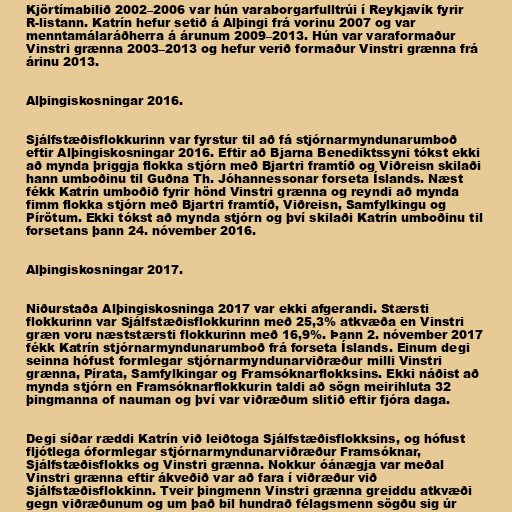
Kjörtímabilið 2002–2006 var hún varaborgarfulltrúi í Reykjavík fyrir
R-listann. Katrín hefur setið á Alþingi frá vorinu 2007 og var
menntamálaráðherra á árunum 2009–2013. Hún var varaformaður
Vinstri grænna 2003–2013 og hefur verið formaður Vinstri grænna frá
árinu 2013.

Alþingiskosningar 2016.

Sjálfstæðisflokkurinn var fyrstur til að fá stjórnarmyndunarumboð
eftir Alþingiskosningar 2016. Eftir að Bjarna Benediktssyni tókst ekki
að mynda þriggja flokka stjórn með Bjartri framtíð og Viðreisn skilaði
hann umboðinu til Guðna Th. Jóhannessonar forseta Íslands. Næst
fékk Katrín umboðið fyrir hönd Vinstri grænna og reyndi að mynda
fimm flokka stjórn með Bjartri framtíð, Viðreisn, Samfylkingu og
Pírötum. Ekki tókst að mynda stjórn og því skilaði Katrín umboðinu til
forsetans þann 24. nóvember 2016.

Alþingiskosningar 2017.

Niðurstaða Alþingiskosninga 2017 var ekki afgerandi. Stærsti
flokkurinn var Sjálfstæðisflokkurinn með 25,3% atkvæða en Vinstri
græn voru næststærsti flokkurinn með 16,9%. Þann 2. nóvember 2017
fékk Katrín stjórnarmyndunarumboð frá forseta Íslands. Einum degi
seinna hófust formlegar stjórnarmyndunarviðræður milli Vinstri
grænna, Pírata, Samfylkingar og Framsóknarflokksins. Ekki náðist að
mynda stjórn en Framsóknarflokkurin taldi að sögn meirihluta 32
þingmanna of nauman og því var viðræðum slitið eftir fjóra daga.

Degi síðar ræddi Katrín við leiðtoga Sjálfstæðisflokksins, og hófust
fljótlega óformlegar stjórnarmyndunarviðræður Framsóknar,
Sjálfstæðisflokks og Vinstri grænna. Nokkur óánægja var meðal
Vinstri grænna eftir ákveðið var að fara í viðræður við
Sjálfstæðisflokkinn. Tveir þingmenn Vinstri grænna greiddu atkvæði
gegn viðræðunum og um það bil hundrað félagsmenn sögðu sig úr